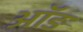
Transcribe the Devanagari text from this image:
ऑङ